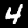
Label: 4